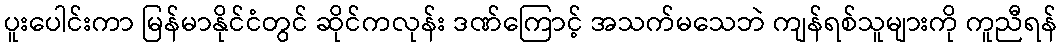
ပူးပေါင်းကာ မြန်မာနိုင်ငံတွင် ဆိုင်ကလုန်း ဒဏ်ကြောင့် အသက်မသေဘဲ ကျန်ရစ်သူများကို ကူညီရန်